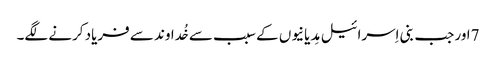
7اور جب بنی اِسرائیل مِدیانیوں کے سبب سے خُداوند سے فریاد کرنے لگے۔